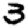
Digit: 3